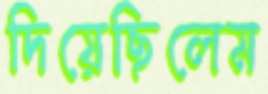
দিয়েছিলেম